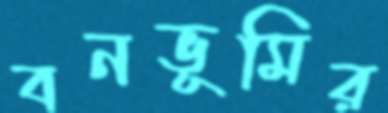
বনভূমির